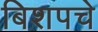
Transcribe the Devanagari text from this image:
बिशपचे